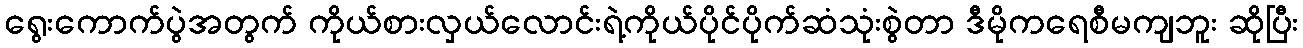
ရွေးကောက်ပွဲအတွက် ကိုယ်စားလှယ်လောင်းရဲ့ကိုယ်ပိုင်ပိုက်ဆံသုံးစွဲတာ ဒီမိုကရေစီမကျဘူး ဆိုပြီး